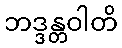
ဘဒ္ဒန္တဝါတိ